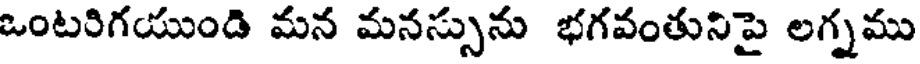
ఒంటరిగయుండి మన మనస్సును భగవంతునిపై లగ్నము